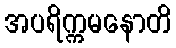
အပရိက္ကမနောတိ